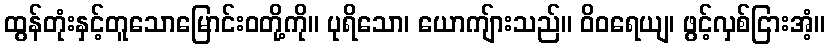
ထွန်တုံးနှင့်တူသောမြောင်းဝတို့ကို။ ပုရိသော၊ ယောကျ်ားသည်။ ဝိဝရေယျ၊ ဖွင့်လှစ်ငြားအံ့။